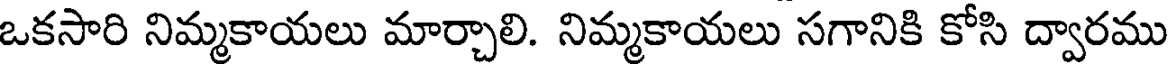
ఒకసారి నిమ్మకాయలు మార్చాలి. నిమ్మకాయలు సగానికి కోసి ద్వారము